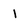
Character: 1